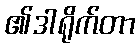
၏ဒါရိုက်တာ